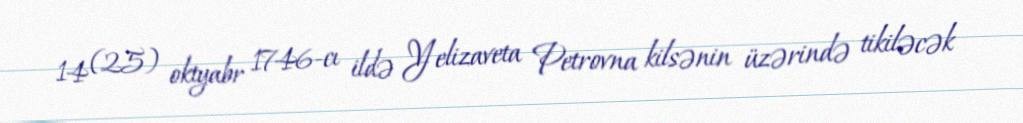
14 (25) oktyabr 1746-cı ildə Yelizaveta Petrovna kilsənin üzərində tikiləcək